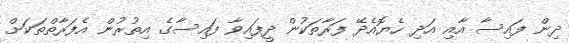
ދިން ފައިސާ އާއި އަދި ހެޔޮއެދޭ ފަރާތަކުން ދީފައިވާ ފައިސާގެ އިތުރުން އެފަރާތްތަކަށް